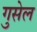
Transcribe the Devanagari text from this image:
गुसेल